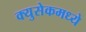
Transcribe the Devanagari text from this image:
क्युसेकमध्ये